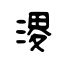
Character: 溭